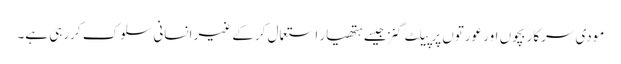
مودی سرکار بچوں اور عورتوں پر پیلٹ گنز جیسے ہتھیار استعمال کرکے غیر انسانی سلوک کررہی ہے۔